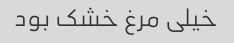
خیلی مرغ خشک بود